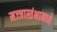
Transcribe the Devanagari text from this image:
मज्जास्तंभामध्ये